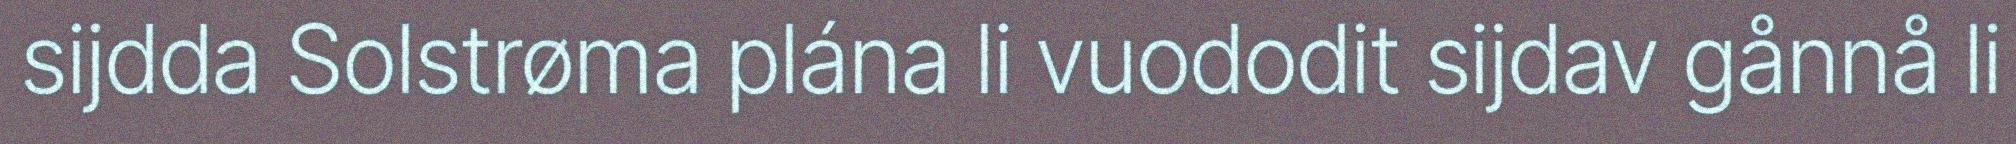
sijdda Solstrøma plána li vuododit sijdav gånnå li